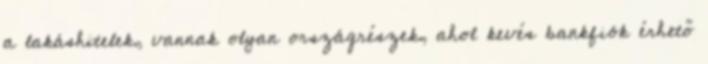
a lakáshitelek, vannak olyan országrészek, ahol kevés bankfiók érhető